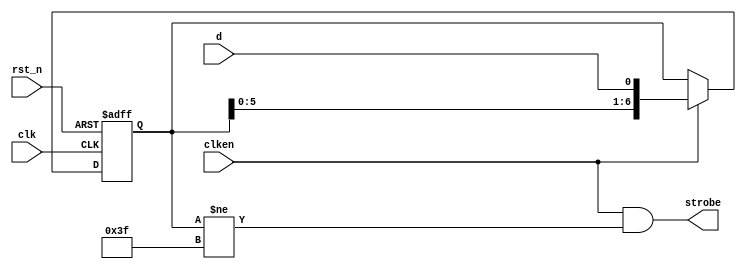
module usb_bit_destuff(
    input rst_n,
    input clk,
    input clken,
    input d,
    output strobe);
reg[6:0] data;
assign strobe = clken && (data != 7'b0111111);
always @(posedge clk or negedge rst_n) begin
    if (!rst_n) begin
        data <= 7'b0000000;
    end else if (clken) begin
        data <= { data[5:0], d };
    end
end
endmodule